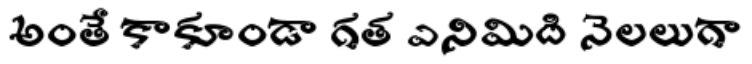
అంతే కాకూండా గత ఎనిమిది నెలలుగా